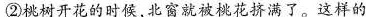
②树开花的时候，北窗就被桃花挤满了。这样的